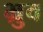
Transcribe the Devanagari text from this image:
भ्रुव